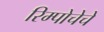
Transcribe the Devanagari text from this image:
रिम्पोचेचे